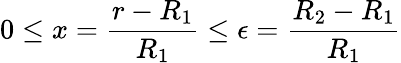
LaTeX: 0\leq x=\frac{r-R_{1}}{R_{1}}\leq\epsilon=\frac{R_{2}-R_{1}}{R_{1}}